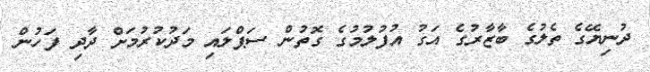
ދުނިޔޭގެ ތެލުގެ ބާޒާރުގެ އަގު އުފުލުމުގެ ގޮތުން ސަޕްލައި މަދުކުރުމަށް ދާދި ފަހުން